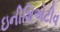
ઇનીશિએટીવ